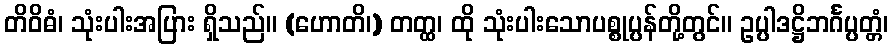
တိဝိဓံ၊ သုံးပါးအပြား ရှိသည်။ (ဟောတိ၊) တတ္ထ၊ ထို သုံးပါးသောပစ္စုပ္ပန်တို့တွင်။ ဥပ္ပါဒဋ္ဌိဘင်္ဂပ္ပတ္တံ၊